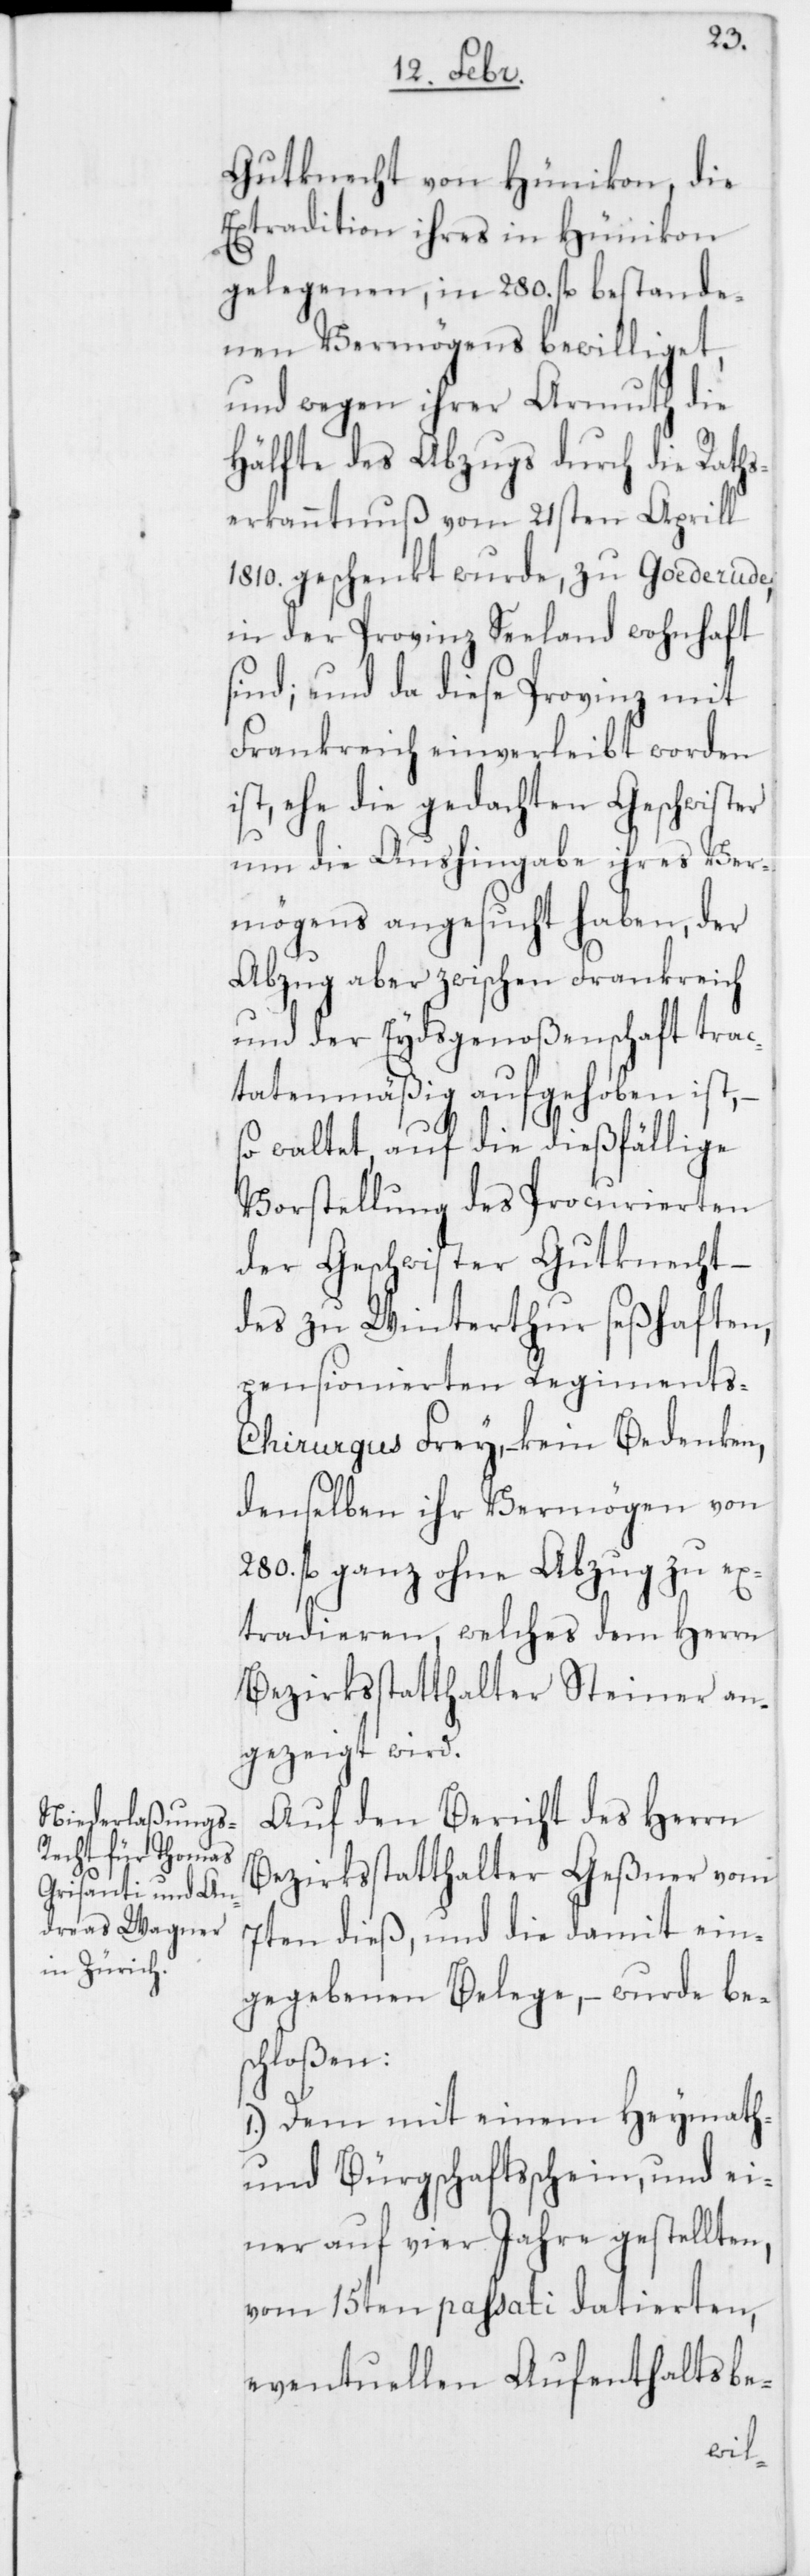
Gutknecht von Hünikon, die
Extradition ihres in Hünikon
gelegenen, in 280. fl. bestande¬
nen Vermögens bewilliget,
und wegen ihrer Armuth die
Hälfte des Abzugs durch die Raths¬
erkanntnuß vom 21sten Aprill
1810. geschenkt wurde, zu Goederude,
in der Provinz Seeland wohnhaft
sind; und da diese Provinz mit
Frankreich einverleibt worden
ist, ehe die gedachten Geschwister
um die Aushingabe ihres Ver¬
mögens angesucht haben, der
Abzug aber zwischen Frankreich
und der Eydsgenoßenschaft trac¬
tatenmäßig aufgehoben ist,
so waltet, auf die dießfällige
Vorstellung des Procurierten
der Geschwister Gutknecht,
des zu Winterthur seßhaften,
pensionierten Regiment¬
s-Chirurgus Frey, – kein Bedenken,
denselben ihr Vermögen von
280. fl. ganz ohne Abzug zu ex¬
tradieren, welches dem Herrn
Bezirksstatthalter Steiner an¬
gezeigt wird.
Auf den Bericht des Herrn
Bezirksstatthalter Geßner vom
7ten dieß und die damit ein¬
gegebenen Belege, – wurde bes¬
chloßen:
1.) Dem mit einem Heymath-
und Bürgschaftsschein, und ei¬
ner auf vier Jahre gestellten,
vom 15ten passati datierten,
eventuellen Aufenthaltsbe-